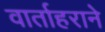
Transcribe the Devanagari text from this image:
वार्ताहराने